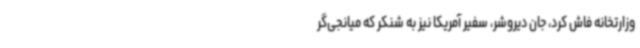
وزارتخانه فاش کرد، جان دیروشر، سفیر آمریکا نیز به شنکر که میانجی‌گر